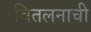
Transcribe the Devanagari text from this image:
वितलनाची